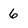
Character: 6